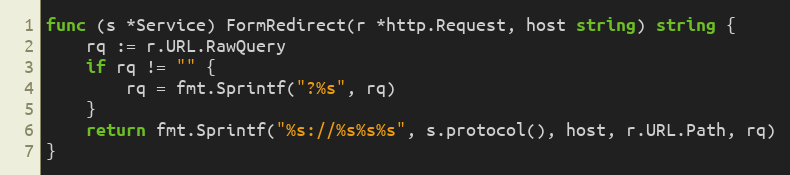
Language: Go
func (s *Service) FormRedirect(r *http.Request, host string) string {
	rq := r.URL.RawQuery
	if rq != "" {
		rq = fmt.Sprintf("?%s", rq)
	}
	return fmt.Sprintf("%s://%s%s%s", s.protocol(), host, r.URL.Path, rq)
}